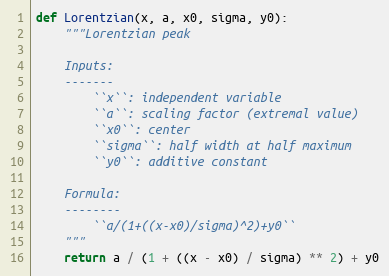
Language: Python
def Lorentzian(x, a, x0, sigma, y0):
    """Lorentzian peak

    Inputs:
    -------
        ``x``: independent variable
        ``a``: scaling factor (extremal value)
        ``x0``: center
        ``sigma``: half width at half maximum
        ``y0``: additive constant

    Formula:
    --------
        ``a/(1+((x-x0)/sigma)^2)+y0``
    """
    return a / (1 + ((x - x0) / sigma) ** 2) + y0